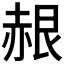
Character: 𬦂